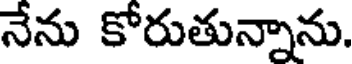
నేను కోరుతున్నాను.